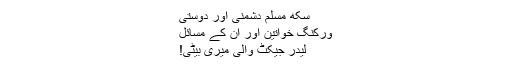
سکھ مسلم دشمنی اور دوستی
ورکنگ خواتین اور ان کے مسائل
لیدر جیکٹ والی میری بیٹی!